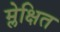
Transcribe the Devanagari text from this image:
म्लेक्षित